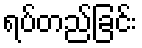
ရပ်တည်ခြင်း